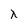
Character: X